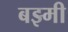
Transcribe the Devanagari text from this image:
बझ्मी